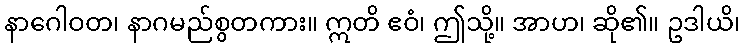
နာဂေါဝတ၊ နာဂမည်စွတကား။ ဣတိ ဧဝံ၊ ဤသို့။ အာဟ၊ ဆို၏။ ဥဒါယိ၊